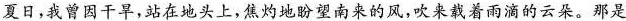
夏日，我曾因干旱，站在地头上，焦灼地盼望南来的风，吹来就着雨滴的云朵。那是